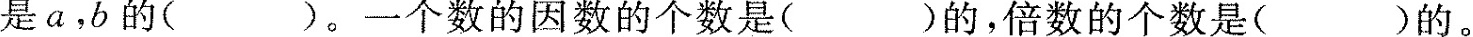
是a，b的()。一个数的因数的个数是()的，倍数的个数是()的。